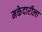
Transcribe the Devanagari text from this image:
मक्तेदारीला